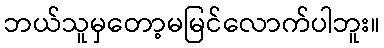
ဘယ်သူမှတော့မမြင်လောက်ပါဘူး။